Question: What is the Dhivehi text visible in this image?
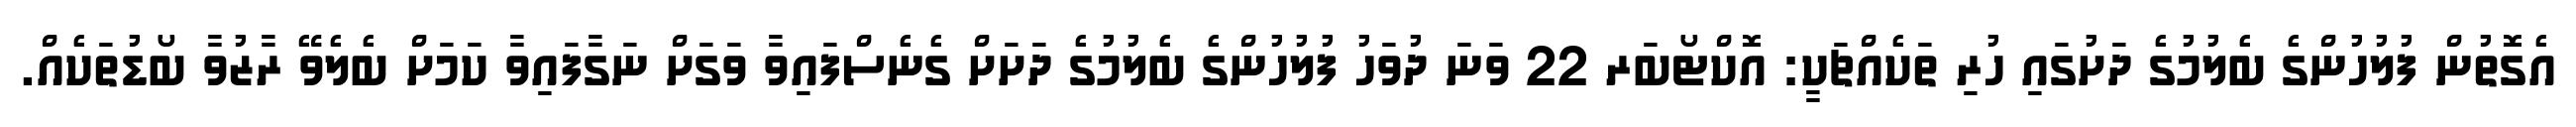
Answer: އެގޮތުން ފުލުހުންގެ ބެލުމުގެ ދަށުގައި ހުރި ތަކެއްޗަކީ: އޮކްޓޯބަރ 22 ވަނަ ދުވަހު ފުލުހުންގެ ބެލުމުގެ ދަށަށް ގެނެސްފައިވާ ވަގަށް ނަގާފައިވާ ކަމަށް ބެލެވޭ ރާޒުވާ ބޯޑުތަކެއް.